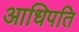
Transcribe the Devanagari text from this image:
आधिपति